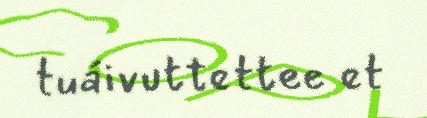
tuáivuttettee et